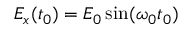
E _ { x } ( t _ { 0 } ) = E _ { 0 } \sin ( \omega _ { 0 } t _ { 0 } )